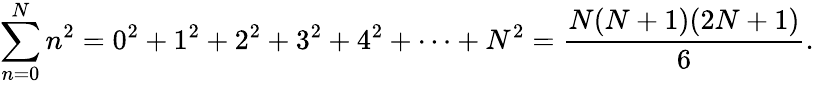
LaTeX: \sum_{n=0}^{N}n^{2}=0^{2}+1^{2}+2^{2}+3^{2}+4^{2}+\cdots+N^{2}={\frac{N(N+1)(2N+1)}{6}}.